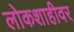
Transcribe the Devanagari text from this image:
लोकशाहीवर